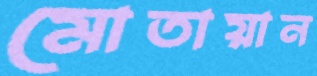
মোতায়ান